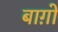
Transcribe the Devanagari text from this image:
बाग़ो